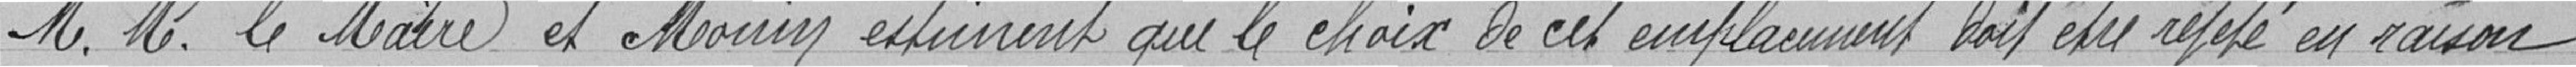
M.M. le Maire et Monin estiment que le choix de cet emplacement doit etre réglé en raison